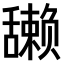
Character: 𫇘